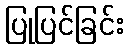
ပြုပြင်ခြင်း